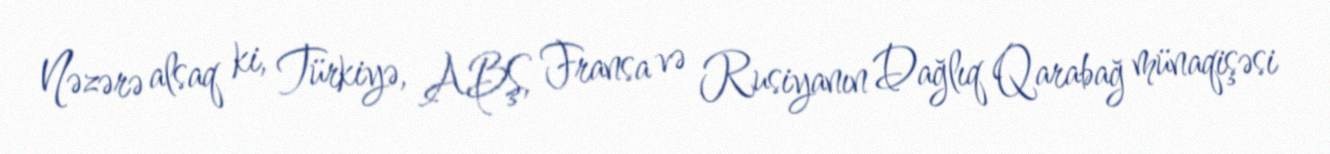
Nəzərə alsaq ki, Türkiyə, ABŞ, Fransa və Rusiyanın Dağlıq Qarabağ münaqişəsi